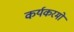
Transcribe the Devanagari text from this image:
कर्यकरमो